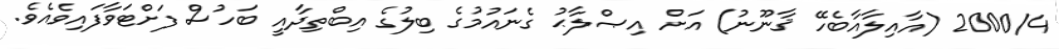
2000/4 (އާއިލާއާބެހޭ ޤާނޫނު) އަށް އިޞްލާޙު ގެނައުމުގެ ބިލުގެ އިބްތިދާއީ ބަހުސް ފަށްޓަވާފައިވެއެވެ.